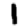
Digit: 1